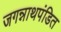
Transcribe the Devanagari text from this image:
जगन्नाथपंडित